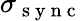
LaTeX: \sigma_{\mathrm{~s~y~n~c~}}